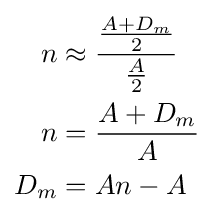
{\begin{aligned}n&\approx {\dfrac {\frac {A+D_{m}}{2}}{\frac {A}{2}}}\\n&={\frac {A+D_{m}}{A}}\\D_{m}&=An-A\end{aligned}}